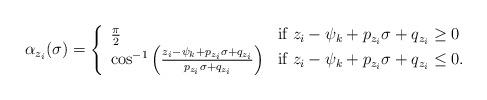
LaTeX: \begin{align*}\alpha_{z_i}(\sigma) = \left\{\begin{array}{ll}\frac{\pi}{2} & \mbox{if $z_i-\psi_k +p_{z_i}\sigma+q_{z_i} \ge 0 $} \\\cos^{-1}\left( \frac{z_i -\psi_k +p_{z_i}\sigma+q_{z_i}}{p_{z_i}\sigma+q_{z_i}} \right) & \mbox{if $z_i-\psi_k +p_{z_i}\sigma+q_{z_i} \le 0 $}.\end{array}\right.\end{align*}